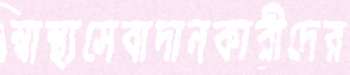
স্বাস্থ্যসেবাদানকারীদের